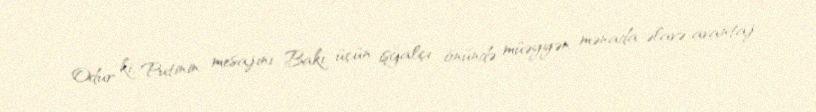
Odur ki, Putinin mesajını Bakı üçün işğalçı önündə müəyyən mənada əlavə avantaj